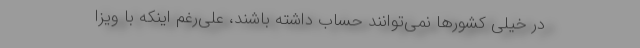
در خیلی کشورها نمی‌توانند حساب داشته باشند، علی‌رغم اینکه با ویزا